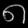
Digit: ၈